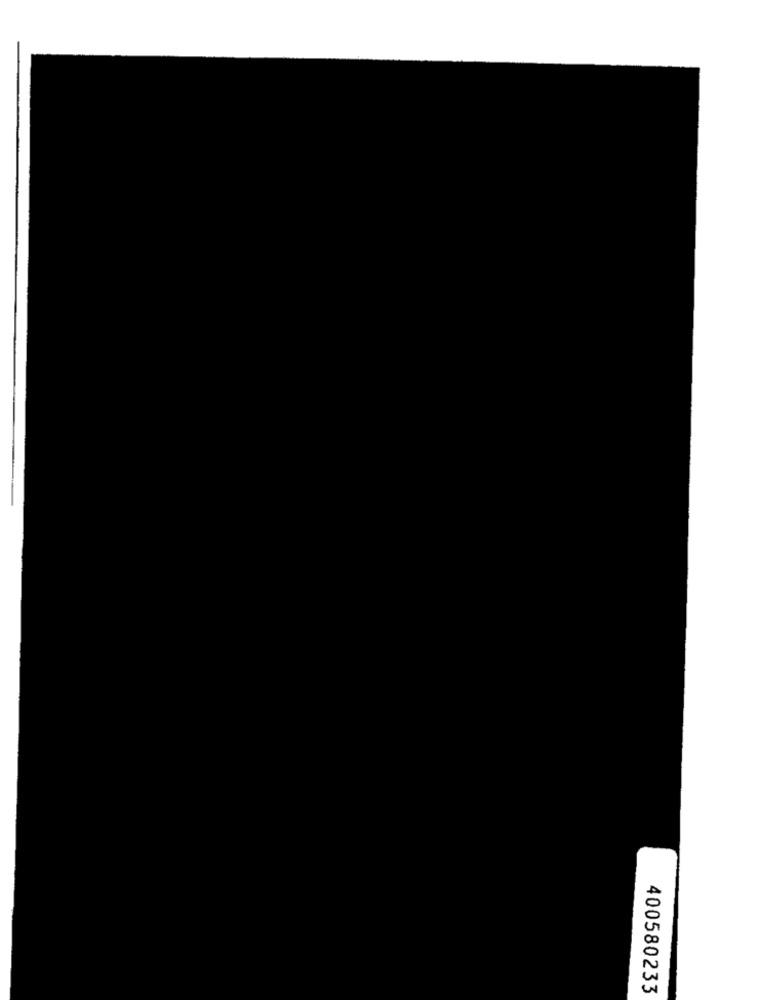
400580233